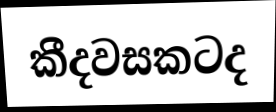
කීදවසකටද